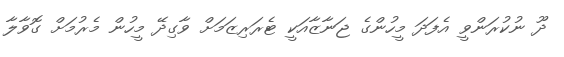
ދޫ ނުކުރަންވީ އެފަދަ މީހުންގެ ޖަނާޒާއަކީ ޓެރަރިޒަމަށް ވާގިދޭ މީހުން މެރުމަށް ގޮވާލާ